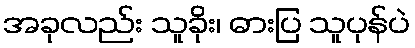
အခုလည်း သူခိုး၊ ဓားပြ သူပုန်ပဲ